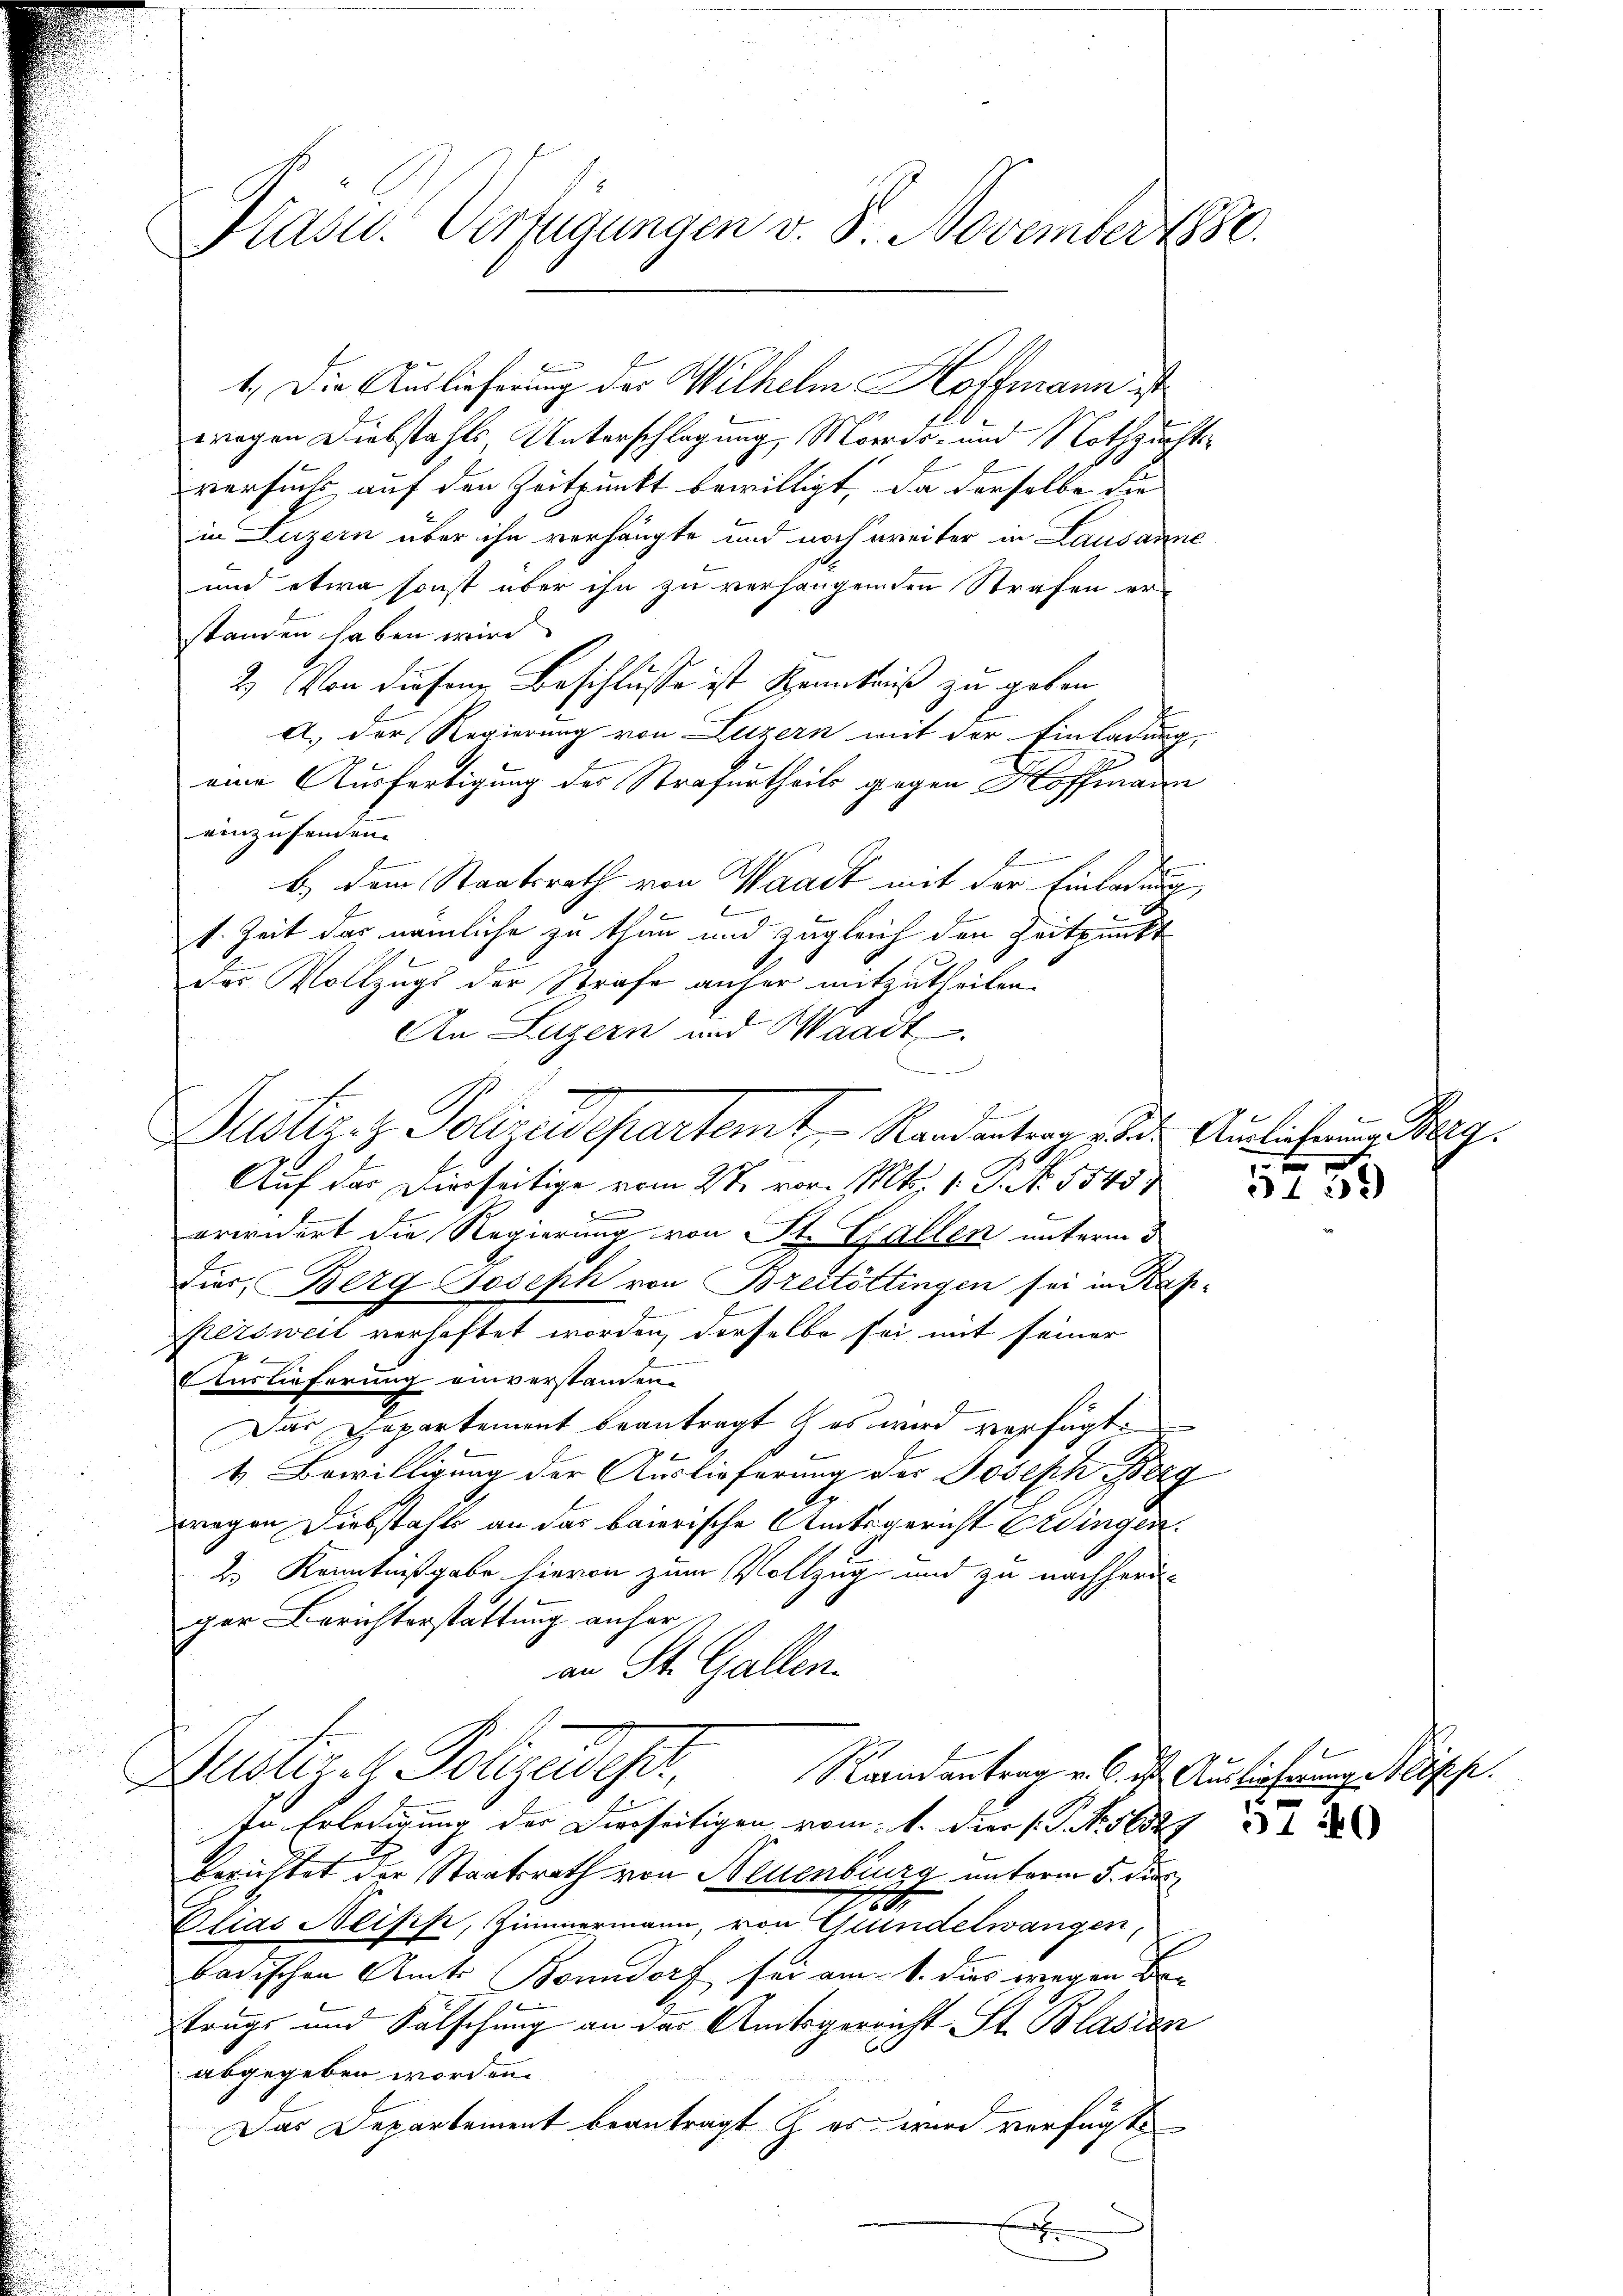
Präsid. Verfügungen v. 8. November 180.

1.) Die Auslieferung des Wilhelm Hoffmann ist
wegen Diebstahls, Unterschlagung, Morde- und Nothzuchte
versucht auf den Zeitpunkt bewilligt. Da derselbe die
in Luzern über ihn verhängte und noch weiter in Lausanne
und etwa sonst über ihn zu verhängenden Strafen er-
standen haben wird
2.) Von diesen Beschlüsse ist Kenntniß zu geben
A.) Der Regierung von Luzern mit der Einladung
eine Ausfertigung des Strafurtheils gegen Hoffmann
einzusenden.
F
b.) dem Staatsrath von Waadt mit der Einladung

e
1. Zeit das nämliche zu thun und zugleich den Zeitpunkt
das Vollzugs der Strafe anher mitzutheilen.
An Luzern und Waadt
Auf das Dierseitige vom 27. vor. Mts. 1. P. No. 1545
erwidert die Regierung von St. Gallen unterm 3
dus, Berg Joseph von Breitöttingen sei in Kap
persweil verhaftet worden, derselbe sei mit seiner
Auslieferung einverstanden.
Das Departement beantragt & es wird verfügt:
4. Bewilligung der Auslieferung der Joseph Berg
wegen Diebstahls an das baierische Amtsgericht Erdingen.
2. Kenntnißgabe hievon zum Vollzug und zu nachherd
ger Berichterstattung anher
an St. Gallen.
Zustige Polizeides,
Raandantrag v. 6. ist. Auslieferung Mösche
In Erledigung der Dierseitigen vom 1. Der P. Nr. 16529
berichtet der Staatsrath von Neuenburg unterm 5. dur
1
e
Elias Neipp, Zimmermann, von Grindelwangen,
badischen Amts Bonndorf sei am 1. dies wegen Betrugs und Falschung an das Amtsgericht St. Blasien
abgegeben worden.
Das Departement beantragt h. es wird verfügt
x

.

h
Justiz & Polizeidepartemt Rand antrag zur Auslicherung g

5739

u

31